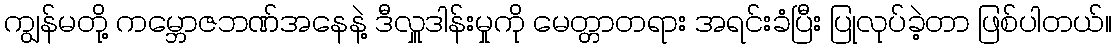
ကျွန်မတို့ ကမ္ဘောဇဘဏ်အနေနဲ့ ဒီလှူဒါန်းမှုကို မေတ္တာတရား အရင်းခံပြီး ပြုလုပ်ခဲ့တာ ဖြစ်ပါတယ်။